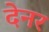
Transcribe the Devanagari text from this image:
देनर